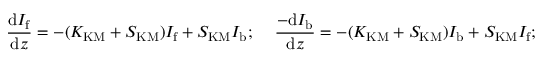
\frac { \mathrm { d } I _ { \mathrm { f } } } { \mathrm { d } z } = - ( K _ { \mathrm { K M } } + S _ { \mathrm { K M } } ) I _ { \mathrm { f } } + S _ { \mathrm { K M } } I _ { \mathrm { b } } ; \, \, \, \, \, \, \, \frac { - \mathrm { d } I _ { \mathrm { b } } } { \mathrm { d } z } = - ( K _ { \mathrm { K M } } + S _ { \mathrm { K M } } ) I _ { \mathrm { b } } + S _ { \mathrm { K M } } I _ { \mathrm { f } } ;